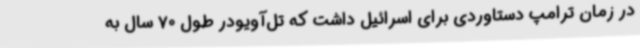
در زمان ترامپ دستاوردی برای اسرائیل داشت که تل‌آویودر طول 70 سال به